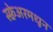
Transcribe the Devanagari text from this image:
स्क्वेअरमधून